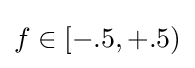
f\in [-.5,+.5)